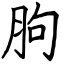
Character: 胊